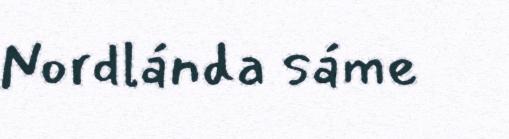
Nordlánda sáme